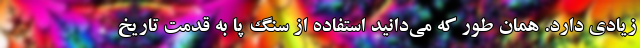
زیادی دارد. همان‌ طور که می‌دانید استفاده از سنگ‌ پا به قدمت تاریخ